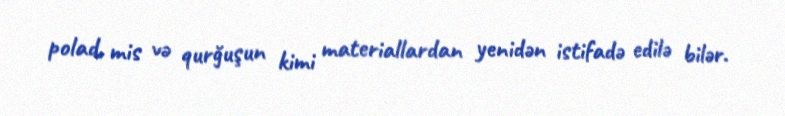
polad, mis və qurğuşun kimi materiallardan yenidən istifadə edilə bilər.